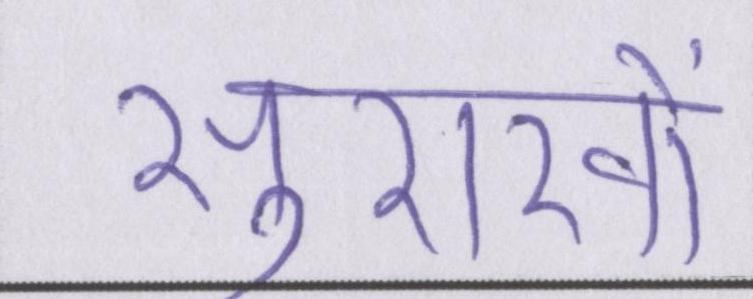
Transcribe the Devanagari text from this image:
सुराखों